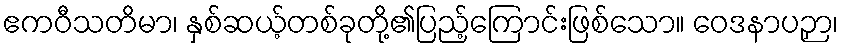
ဧကဝီသတိမာ၊ နှစ်ဆယ့်တစ်ခုတို့၏ပြည့်ကြောင်းဖြစ်သော။ ဝေဒနာပဉှာ၊